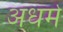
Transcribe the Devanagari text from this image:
अधर्मे